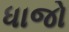
ધાજો